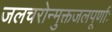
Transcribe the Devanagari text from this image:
जलचरोन्मुक्तजलपूर्णाः